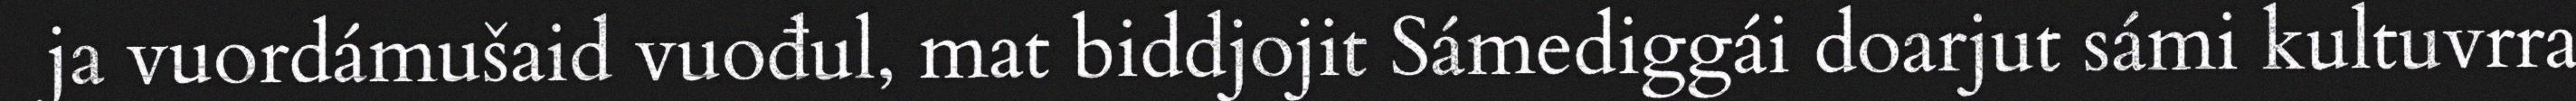
ja vuordámušaid vuođul, mat biddjojit Sámediggái doarjut sámi kultuvrra